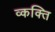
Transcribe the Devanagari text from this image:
व्कक्ति